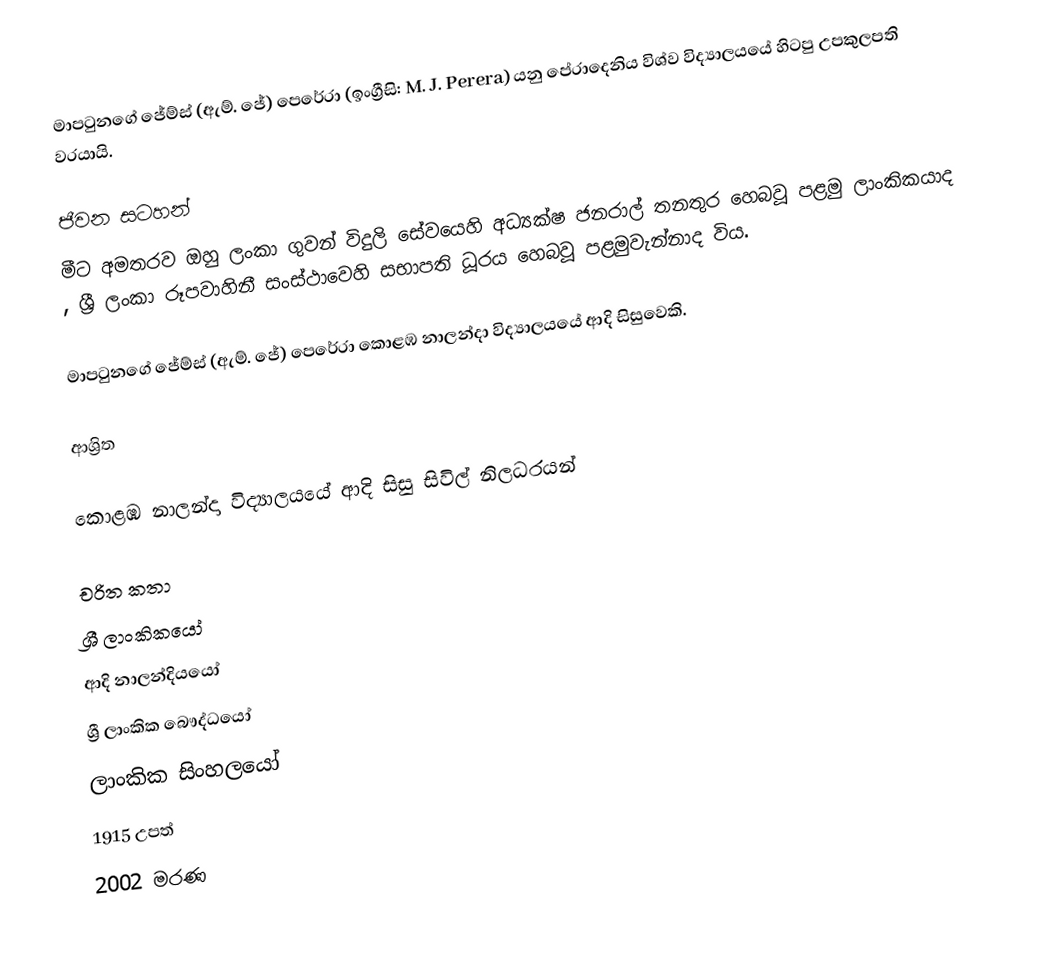
මාපටුනගේ ජේම්ස් (ඇම්. ජේ) පෙරේරා (ඉංග්‍රීසි: M. J. Perera) යනු පේරාදෙනිය විශ්ව විද්‍යාලයයේ හිටපු උපකුලපති වරයායි.

ජීවන සටහන්
මීට අමතරව ඔහු ලංකා ගුවන් විදුලි සේවයෙහි   අධ්‍යක්ෂ ජනරාල් තනතුර හෙබවූ පළමු ලාංකිකයාද , ශ්‍රී ලංකා රූපවාහිනී සංස්ථාවෙහි සභාපති ධූරය හෙබවූ පළමුවැන්නාද විය.

මාපටුනගේ ජේම්ස් (ඇම්. ජේ) පෙරේරා   කොළඹ නාලන්දා විද්‍යාලයයේ ආදි සිසුවෙකි.

ආශ්‍රිත

 කොළඹ නාලන්දා විද්‍යාලයයේ ආදි සිසු සිවිල් නිලධරයන්

චරිත කතා
ශ්‍රී ලාංකිකයෝ
ආදි නාලන්දියයෝ
ශ්‍රී ලාංකික බෞද්ධයෝ
ලාංකික සිංහලයෝ
1915 උපත්
2002 මරණ